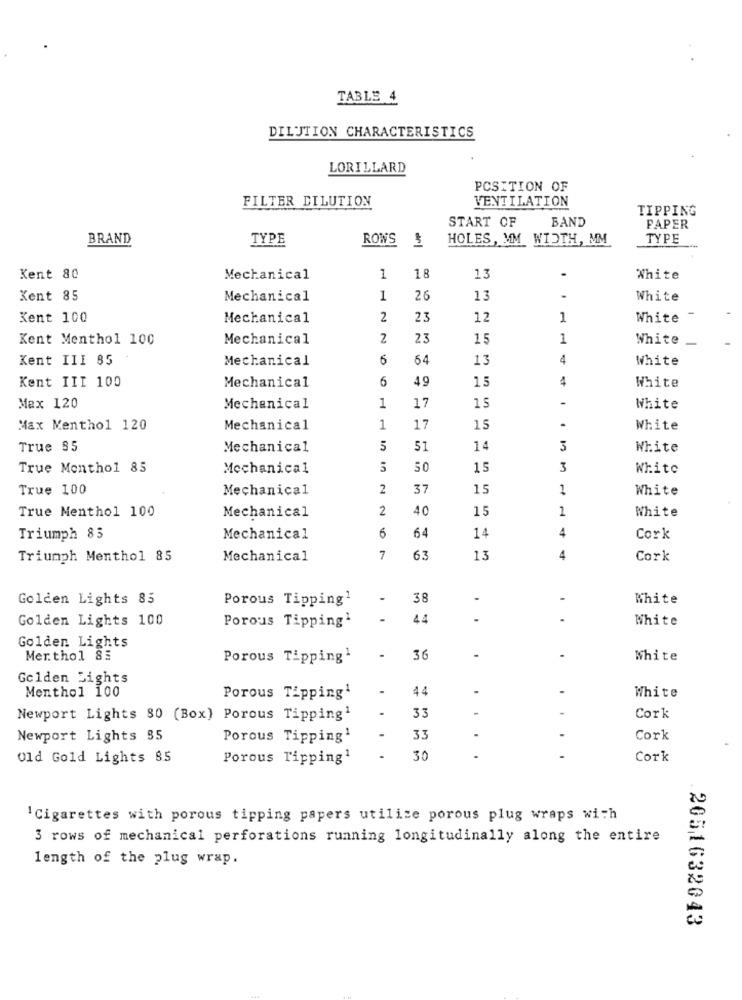
TABLE 4
DILUTION CHARACTERISTICS
LORILLARD
POSITION OF
FILTER DILUTION
VENTILATION
TIPPING
START OF
BAND
PAPER
BRAND
TYPE
ROWS
1
HOLES, MM WIDTH, MM
TYPE
.
Kent 80
Mechanical
1
18
13
White
Kent 85
Mechanical
1
26
13
-
White
Kent 100
Mechanical
2
23
12
1
White
Kent Menthol 100
Mechanical
2
23
15
1
White -
Kent III 85
Mechanical
6
64
13
4
White
Kent III 100
6
49
15
4
Mechanical
White
-
Max 120
Mechanical
1
17
15
White
Max Menthol 120
Mechanical
1
17
15
.
White
True 85
Mechanical
5
51
14
3
White
True Menthol 85
Mechanical
5
50
15
3
White
True 100
Mechanical
2
37
15
1
White
2
40
15
1
White
True Menthol 100
Mechanical
14
4
Triumph 85
Mechanical
6
64
Cork
Triumph Menthol 85
Mechanical
7
63
13
4
Cork
Golden Lights 85
Porous Tipping1
38
White
Golden Lights 100
Porous Tipping'
-
44
White
Golden Lights
Merthol 85
Porous Tipping1
36
.
White
Golden Lights
Menthol 100
-
44
-
Porous Tipping1
White
.
33
-
Newport Lights 80 (Box) Porous Tipping1
Cork
Newport Lights 35
Porous Tipping1
33
.
Cork
Old Gold Lights 85
Porous Tipping1
30
-
-
Cork
'Cigarettes with porous tipping papers utilice porous plug wraps with
3 rows of mechanical perforations running longitudinally along the entire
length of the plug wrap.
2051632043